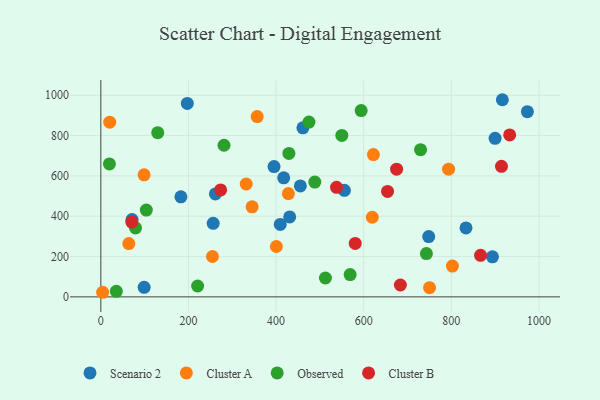
{"axis": {"x": "Study Hours", "y": "Salary"}, "legend": ["Cluster A", "Cluster B", "Observed", "Scenario 2"], "data": [{"x": "395.4", "y": 646.1, "type": "Scenario 2"}, {"x": "556.0", "y": 528.7, "type": "Scenario 2"}, {"x": "894.0", "y": 198.8, "type": "Scenario 2"}, {"x": "916.6", "y": 977.9, "type": "Scenario 2"}, {"x": "973.7", "y": 918.8, "type": "Scenario 2"}, {"x": "98.9", "y": 47.6, "type": "Scenario 2"}, {"x": "431.1", "y": 396.6, "type": "Scenario 2"}, {"x": "71.3", "y": 383.6, "type": "Scenario 2"}, {"x": "256.5", "y": 364.8, "type": "Scenario 2"}, {"x": "409.6", "y": 359.4, "type": "Scenario 2"}, {"x": "455.5", "y": 550.2, "type": "Scenario 2"}, {"x": "417.4", "y": 590.3, "type": "Scenario 2"}, {"x": "197.4", "y": 959.4, "type": "Scenario 2"}, {"x": "461.3", "y": 838.7, "type": "Scenario 2"}, {"x": "748.5", "y": 299.2, "type": "Scenario 2"}, {"x": "182.8", "y": 496.2, "type": "Scenario 2"}, {"x": "900.0", "y": 786.3, "type": "Scenario 2"}, {"x": "261.5", "y": 510.8, "type": "Scenario 2"}, {"x": "833.6", "y": 342.1, "type": "Scenario 2"}, {"x": "619.7", "y": 395.1, "type": "Cluster A"}, {"x": "98.8", "y": 605.3, "type": "Cluster A"}, {"x": "793.8", "y": 633.4, "type": "Cluster A"}, {"x": "4.1", "y": 22.9, "type": "Cluster A"}, {"x": "400.7", "y": 249.9, "type": "Cluster A"}, {"x": "331.9", "y": 559.8, "type": "Cluster A"}, {"x": "750.4", "y": 45.9, "type": "Cluster A"}, {"x": "254.8", "y": 200.4, "type": "Cluster A"}, {"x": "63.8", "y": 264.6, "type": "Cluster A"}, {"x": "622.2", "y": 705.8, "type": "Cluster A"}, {"x": "802.6", "y": 152.6, "type": "Cluster A"}, {"x": "428.1", "y": 512.2, "type": "Cluster A"}, {"x": "20.3", "y": 866.8, "type": "Cluster A"}, {"x": "345.4", "y": 446.9, "type": "Cluster A"}, {"x": "356.9", "y": 894.2, "type": "Cluster A"}, {"x": "429.3", "y": 711.5, "type": "Observed"}, {"x": "35.4", "y": 27.4, "type": "Observed"}, {"x": "729.9", "y": 730.2, "type": "Observed"}, {"x": "512.7", "y": 93.7, "type": "Observed"}, {"x": "103.9", "y": 430.4, "type": "Observed"}, {"x": "281.2", "y": 752.1, "type": "Observed"}, {"x": "79.2", "y": 342.1, "type": "Observed"}, {"x": "594.3", "y": 923.9, "type": "Observed"}, {"x": "19.6", "y": 659.4, "type": "Observed"}, {"x": "221.0", "y": 54.0, "type": "Observed"}, {"x": "743.2", "y": 214.8, "type": "Observed"}, {"x": "550.1", "y": 800.7, "type": "Observed"}, {"x": "488.5", "y": 569.4, "type": "Observed"}, {"x": "129.9", "y": 814.4, "type": "Observed"}, {"x": "569.1", "y": 110.7, "type": "Observed"}, {"x": "475.1", "y": 867.0, "type": "Observed"}, {"x": "675.2", "y": 633.4, "type": "Cluster B"}, {"x": "866.8", "y": 206.0, "type": "Cluster B"}, {"x": "273.5", "y": 530.3, "type": "Cluster B"}, {"x": "654.5", "y": 522.9, "type": "Cluster B"}, {"x": "683.8", "y": 59.0, "type": "Cluster B"}, {"x": "933.3", "y": 803.5, "type": "Cluster B"}, {"x": "538.1", "y": 543.2, "type": "Cluster B"}, {"x": "580.7", "y": 265.0, "type": "Cluster B"}, {"x": "70.7", "y": 370.9, "type": "Cluster B"}, {"x": "914.6", "y": 647.7, "type": "Cluster B"}]}